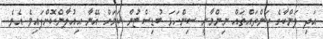
އަދި ލަންކާގެ ކަންތައްތައް ނިންމާނީ ސިންހަޅަ ބުޑިސްޓުން ކަމަށް އޭނާ އިއުލާންކޮށްފައިވެ އެވެ.